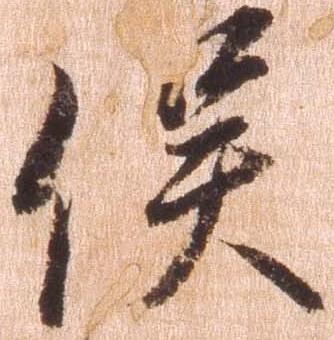
俣